Vaccination in the Punjab 1905-1918 - 1905-1918
Year: 1905
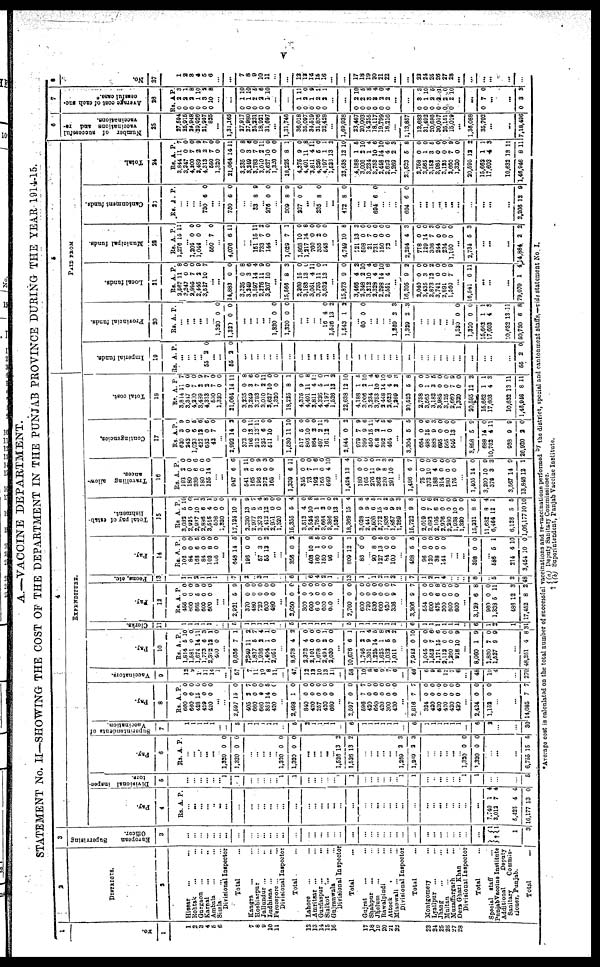
v
A.—VACCINE DEPARTMENT.
STATEMENT No. II—SHOWING THE COST OF THE DEPARTMENT IN THE PUNJAB PROVINCE DURING THE YEAR 1914-15.
1
No.
1
1
2
3
4
5
6
7
8
9
10
11
12
13
14
15
16
17
18 19
20
21
22
23
24
25
26
27
28
2
DISTRICTS.
2
Hissar
... ...
Rohtak
... ...
Gurgaon
... ...
Karnal ... ...
Ambala ... ...
Simla ... ...
Divisional Inspector
Total ...
Kangra
... ...
Hoshiarpur ... ...
Jullundur ... ...
Ludhiana ... ...
Ferozepore ... ...
Divisional Inspector
Total ...
Lahore ... ...
Amritsar ... ...
Gurdaspur ...
...
Sialkot ... ...
Gujranwala ... ...
Divisional inspector
Total ...
Gujrat ... ...
Shahpur
... ...
Jhelum ... ...
Rawalpindi ... ...
Attock ... ...
Mianwali ... ...
Divisional Inspector
Total ...
Montgomery ... ...
Lyallpur
... ...
Jhang ... ...
Multan ... ...
Muzaffargrarh ...
Dera Ghazi Khan ...
Divisional Inspector
Total ...
Special
staff ...
PunjabVaccine Institute
Additional
Deputy
Sanitary
Commis¬
sioner, Punjab.
Total
...
3
European
Supervising
Officer.
3
... ...
...
...
...
... ...
...
...
...
... ...
... ...
...
...
...
...
...
...
...
...
...
...
...
...
...
...
...
...
...
... ...
...
...
... ...
...
† 1
1
1
3
4
EXPENDITURE.
Pay.
4
Rs. A. P.
...
... ...
...
...
... ...
...
...
...
... ...
... ...
...
...
...
... ...
...
...
...
...
... ...
...
...
...
...
...
...
... ...
...
...
...
...
...
7,740
3,013
5,425
16,177
1
7
4
13
4
4
4
0
Divisional inspec¬
tors.
5
...
...
...
...
...
... 1
1
...
...
... ...
... 1
1
...
...
...
...
... 1
1
...
...
...
...
...
... 1
1
...
... ...
...
...
... 1
1
...
...
...
5
Pay.
6
Rs. A. P.
...
... ...
... ...
... 1,320
1,320
0
0
0
0
...
...
... ...
...
1,320
1,320
0
0
0
0
...
...
...
...
...
1,526
1,526
13
13
3
2
...
...
...
...
...
...
1,269
1,269
2
2
3
3
...
... ...
...
...
... 1,320
1,320
0
0
0
0
...
...
...
6,755 15 5
Superintendents
Vaccination.
7
1
1
1
1
1
...
...
5
1
1
1
1
1
...
5
2
1
1
1
1
...
6
1
1
1
1
1
1
...
6
1
1
1
1
1
1
...
6
2
...
...
30
Pay.
8
Rs.
660
660
428
429
420
A.
0
0
15
0
0
P.
0
0
0
0
0
...
...
2,597
405
660
660
352
420
15
2
0
0
14
0
0
7
0
0
5
0
...
2,498
840
420
257
420
660
1
0
0
0
0
0
0
0
0
0
0
0
...
2,597
596
420
650
420
300
420
0
7
0
0
0
0
0
0
7 0
0
0
0
0
...
2,816
324
420
420
420
420
420
7
0
0
0
0
0
0
7
0
0
0
0
0
0
...
2,424
1,152
0
0
0
0
...
...
14,085 7 7
Vaccinators.
9
12
9
10
11
14
1
...
57
7
11
10
8
11
...
47
12
12
10
13
11
...
58
10
8
6
9
7
6
...
46
6
9
8
12
7 6
...
48
10
4
...
270
Pay.
10
Rs.
1,814
1,581
1,674
1,775
2,392
400
A.
5
0
14
6
12
0
P.
10
0
11
3
1
0
...
9,636
1,349
1,837
1,936
1,404
2,051
7
11
5
2
1
0
1
2
7
4
1
0
...
8,578
2,373
2,101
1,678
2,494
2,030
4
4
0
0
2
0
2
0
0
0
1
0
...
10,676
1,746
1,301
1,225
1,625
1,032
1,011
6
2
9
14
1
5
0
1
1
4
5
8
2
2
...
7,942
1,045
1,552
1,171
2,112
1,260
918
0
0
7
15
0
0
10
10
0
6
6
0
0
9
...
8,060
1,830
1,527
1
7
9
9
0
9
...
48,251 4 8
Clerks.
11
1
1
1
1
1
...
...
5
1
1
1
1
1
...
5
1
1
1
1
1
...
5
1
1
1
1
1
1
...
6
1
1
1
1
1
1
...
6
1
2
1
31
Pay.
12
Rs.
456
600
665
600
600
A.
0
0
5
0 0
P.
0
0
9
0
0
...
...
2,921
370
480
720
600
480
5
0
0
0
0
0
9
0
0
0 0
0
...
2,650
300
600
600
600
600
0
0
0
0
0
0
0
0
0
0
0
0
...
2,760
600
720
530
600
420
336
0
0
0
0
0
0
9
0
0
0
0
0
0
7
...
3,206
554
600
475
300
600
600
9
0
0
6
0
0
0
7
0
0
8
0
0
0
...
3,129
960
1,338
486
17,452
6
0
5
12
8
8
0
11
3
2
Peons, etc.
13
1
1
2
1
1
1
...
7
2
... 3
1
...
...
6
...
6
4
2
1
...
13
1
... 1
2
1
2
...
7
1
2
1
4
...
... ...
8
...
5
2
48
Pay.
14
Rs.
102
84
168
84
102
108
A.
0
0
6
0
8
0
P.
0
0
5
0
0
0
...
648
196
14
0
5
0
... 57
55 3
13 0 2
...
...
356 0 2
...
403
160
150
96
10
1
0
0
8
5
0
0
...
809
86
12
0
1
0
... 90
127
84
100
8
13
0
0
0
5
0
0
...
488
96
120
38
144
5
0
0
0
0
5
0
0
0
0
...
...
...
398 0 0
...
586
214
3,454
5
4 1
10
1
10
0
Total pay of estab-
lishment.
15
Rs.
3,032
2,925
2,937
2,886
3,515
508
1,320
17,124
2,320
2,977
3,373
2,412
2,951
1,320
15,355
3,513
3,524
2,755
3,664
3,386
1,526
18,369
3,028
2,441
2,506
2,772
1,836
1,867
1,269
15,722
2,019
2,692
2,105
2,976
2,280
1,938
1,320
15,331
11,682
6,464
6,123
1,06,177
A.
5
0
10
6 4
0
0
10
13
5
5
12
0
0
5
4
10
1
2
0
13
15
9
9
6
15
5
9
2
9
0
7
6
0
0
10
0
8
8
12
5
10
P.
10
0
1
3
1
0
0
3
9
7 4
8
0
0
4
0
8
5 1
0
2
4
8
4
5
1
2
9
3
8
0
6 2
0
0
9
0
5
4
1
5
10
Travelling allow-
ances.
16
Rs.
192
180
239
180
155
A.
2
0
6
0
14
P.
0
0
6
0 0
...
...
947
541
165
196
272
165
6
2
0
3
0
0
6
11
0
9
3
0
...
1,339
345
73
192
165
649
6
0
7
1
0
4
11
0
0
6
0
10
...
1,424
180
165
276
362
220
291
13
0
0
11
9
8
10
4
0
0
0 1
3
3
...
1,496
75
373
188
314
280
175
6
0
10
4
0
0
0
7
0
0 0
0
0
0
...
1,405
3,290
376
3,567
13,848
14
10
3
14
12
0
0
3
9
1
Contingencies.
17
Rs.
620
242
1,023
422
642
42
A.
3
0
6
12
0
7
P.
9
0
5
6
6
0
...
2,992
373
106
213 325
511
14
0
13
13 6
10
2
0
11
11 0
0
...
1,530
517
803 864
497
161
11
5
10
2
2
12
10
0
0 0
11
3
...
2,844
979
399
450
618 392
464
0
7
9
15
2 1
0
2
9
6
11 4
5
6
...
3,304
664
498 888
695
695
546
5
0
15 9
0
0
13
5
0
6 3
0
0
0
...
3,858
688
10,762
988
26,920
5
14
4
9
2
9
0
11
9
0
Total cost.
18
Rs.
3,844
3,347
4,200
3,489
4,313
650
1,320
21,064
3,235
3,249
3,783 3,010
3,627
1,320
18,225
4,375
4,401
3,811
4,320
4,197
1,526
22,638
4,188
3,006
3,234 3,753
2,448
2,623
1,269
20,523
2,758
3,565 3,182
3,985
3,125
2,660 1,320
20,595
15,662
17,603
10,632
1,46,046
A.
11
0
1
2
2
7
0
14
0
3
7 2
10
0
8
9
11
4
5
1
13
12
1
2
1 10
14
4
2
5
0
1 3
0
0
7
0
12
1
4
13
8
P.
7
0
0
9
7
0
0
11
8
6
0
11
0
0
1
0
8
11
0
1
2
10
5
10
4 6
10
6
3
8
0
0 5
0
0
9
0
2
1
8
11
11
5
PAID FROM
Imperial funds.
19
Rs. A. P.
...
...
...
...
55 2 0
...
...
55 2 0
...
...
... ...
...
...
...
...
...
...
...
...
...
...
...
... ...
...
... ...
...
...
...
... ...
...
...
... ...
...
...
...
...
55 2 0
Provincial funds.
20
Rs. A. P.
... ...
...
...
...
... 1,320
1,320
0
0
0
0
...
...
... ...
...
1,320
1,320
0
0
0
0
...
...
...
...
16
1,526
1,543
4
13
1
0
2
2
...
60 0 0
... ...
...
...
1,269
1,329
2
2
3
3
...
... ...
...
...
...
1,320
1,320
15,662
17,603
10,632
50,730
0
0
1
4
13
6
0
0
1
3
11
8
Local funds.
21
Rs.
2,567
3,347 2,995
2,445
3,527
A.
11
0
7
2
10
P.
8
0
0
9
7
...
...
14,883
3,235
3,249
3,597 2,276
3,207
0
0
3
14 11
10
0
8
6
4 9
0
...
15,566
2,269
3,183 3,051
3,735
3,632
8
15
13 4
11
13
3
0
0 11
0
1
...
15,873
3,466
2,348
3,212 2,328
2,298
2,551
9
4
2
10
4 14
4
0
2
10
4
6 10
6
...
16,205
2,040
3,435 2,873
3,741 2,891
1,560
9
0
3 12
0 0
7
2
0
0 2
0
0
0
...
16,541 6 11
...
...
...
79,070 1 4
Municipal funds.
22
Rs.
1,276
A.
15
P.
11
...
1,205
1,044 0
0
0
0
... 550 7 0
...
4,076 6 11
...
...
151
733
144
15 7
0
11 2
0
...
1,029
1,868
1,217
760
355
548
7
10
14
0
2
0
1
0
8
0
0
0
...
4,749
721
598
21 731
150
72
10
13
0
7 0
0
0
8
3
0
0 0
0
0
...
2,294
718
129 308
244
234
1,100
4
0
14 7
0
0
0
3
0
0 3
0
0
0
...
2,734 5 3
...
...
...
14,884 2 2
Cantonment funds.
23
Rs. A. P.
...
...
... ...
730 6 0
...
...
730 6 0
...
... 33 8 9
...
276 0 0
...
309
237
8
0
9
0
...
... 235 8 0
...
...
472 8 0
...
...
... 694 6 0
...
...
...
694 6 0
...
... ...
...
...
...
...
...
...
...
...
2,206 12 9
Total.
24
Rs.
3,844
3,347
4,200
3,489
4,313
550
1,320
21,064
3,235
3,249
3,783
3,010
3,627
1,320
18,225
4,375
4,401
3,811
4,326
4,197
1,523
22,638
4,188
3,006
3,234 3,753
2,448
2,623
1,269
20,523
2,758
3,565 3,182
3,985
3,125
2,660
1,320
20,595
15,662
17,603
10,632
1,46,946
A.
11
0
7
2 2
7
0
14
0
3
7
2
10
0
8
9
11
4
5
1
13
12
1
2
1
10
14
4
2
5
0
1 3
0
0
7
0
12
1
4
13
8
P.
7
0
0
9
7
0
0
11
8
6 0
11
0
0
1
0
8
11
0
1
2
10
5
10
4
6
10
6
3
8
0
0
5
0
0
9
0
2
1
3
11
11
6
Number of suceessful
vaccinations and re¬
vaccinations.
25
27,594
25,915
24,948
29,926
21,957
825
...
1,31,165
27,917
27,980
25,231
18,921
31,697
...
1,31,746
36,018
35,097
34,519
31,876
32,428
...
1,69,938
23,467
20,003
14,255
18,117
19,799
18,216
...
1,13,857
13,683
31,492
20,686
30,057
25,151
15,019
...
1,36,088
35,702
...
...
7,18,486
7
Average cost of each suc¬
cessful case.
26
Rs.
0
0
0
0
0
0
A.
2
2
2
1
3
10
P.
3
1
8
10
2
8
...
...
0
0
0
0
0
1
1
2
2
1
10
10
5
6
10
...
0
0
0
0
0
1
2
1
2
2
11
0
9
2
1
...
...
0
0
0
0
0
0
2
2
3
3
2
2
10
5
8
4
0
4
...
...
0
0
0
0
0
0
3
1
2
2
2
2
3
10
5
1
0
10
...
...
0 7 0
...
...
0 3 3
8
No.
27
1
2
3
4
5
6
...
...
7
8
9
10
11
...
...
12
13
14
15
16
...
...
17
18
19
20
21
22
...
...
23
24
25
26
27
28
...
...
...
...
...
...
*Average cost is calculated on the total number of successful vaccinations and re-vaccinations performed by the district, special and cantonment staffs.—vide statement No. I.
† (a) Deputy Sanitary Commissioner.
(b) Superintendent, Punjab Vaccine Institute.